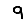
Digit: 9